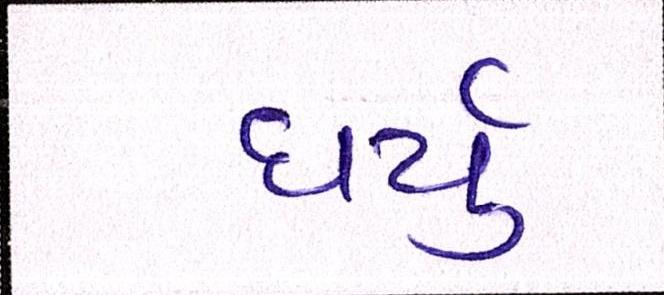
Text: ધર્યું